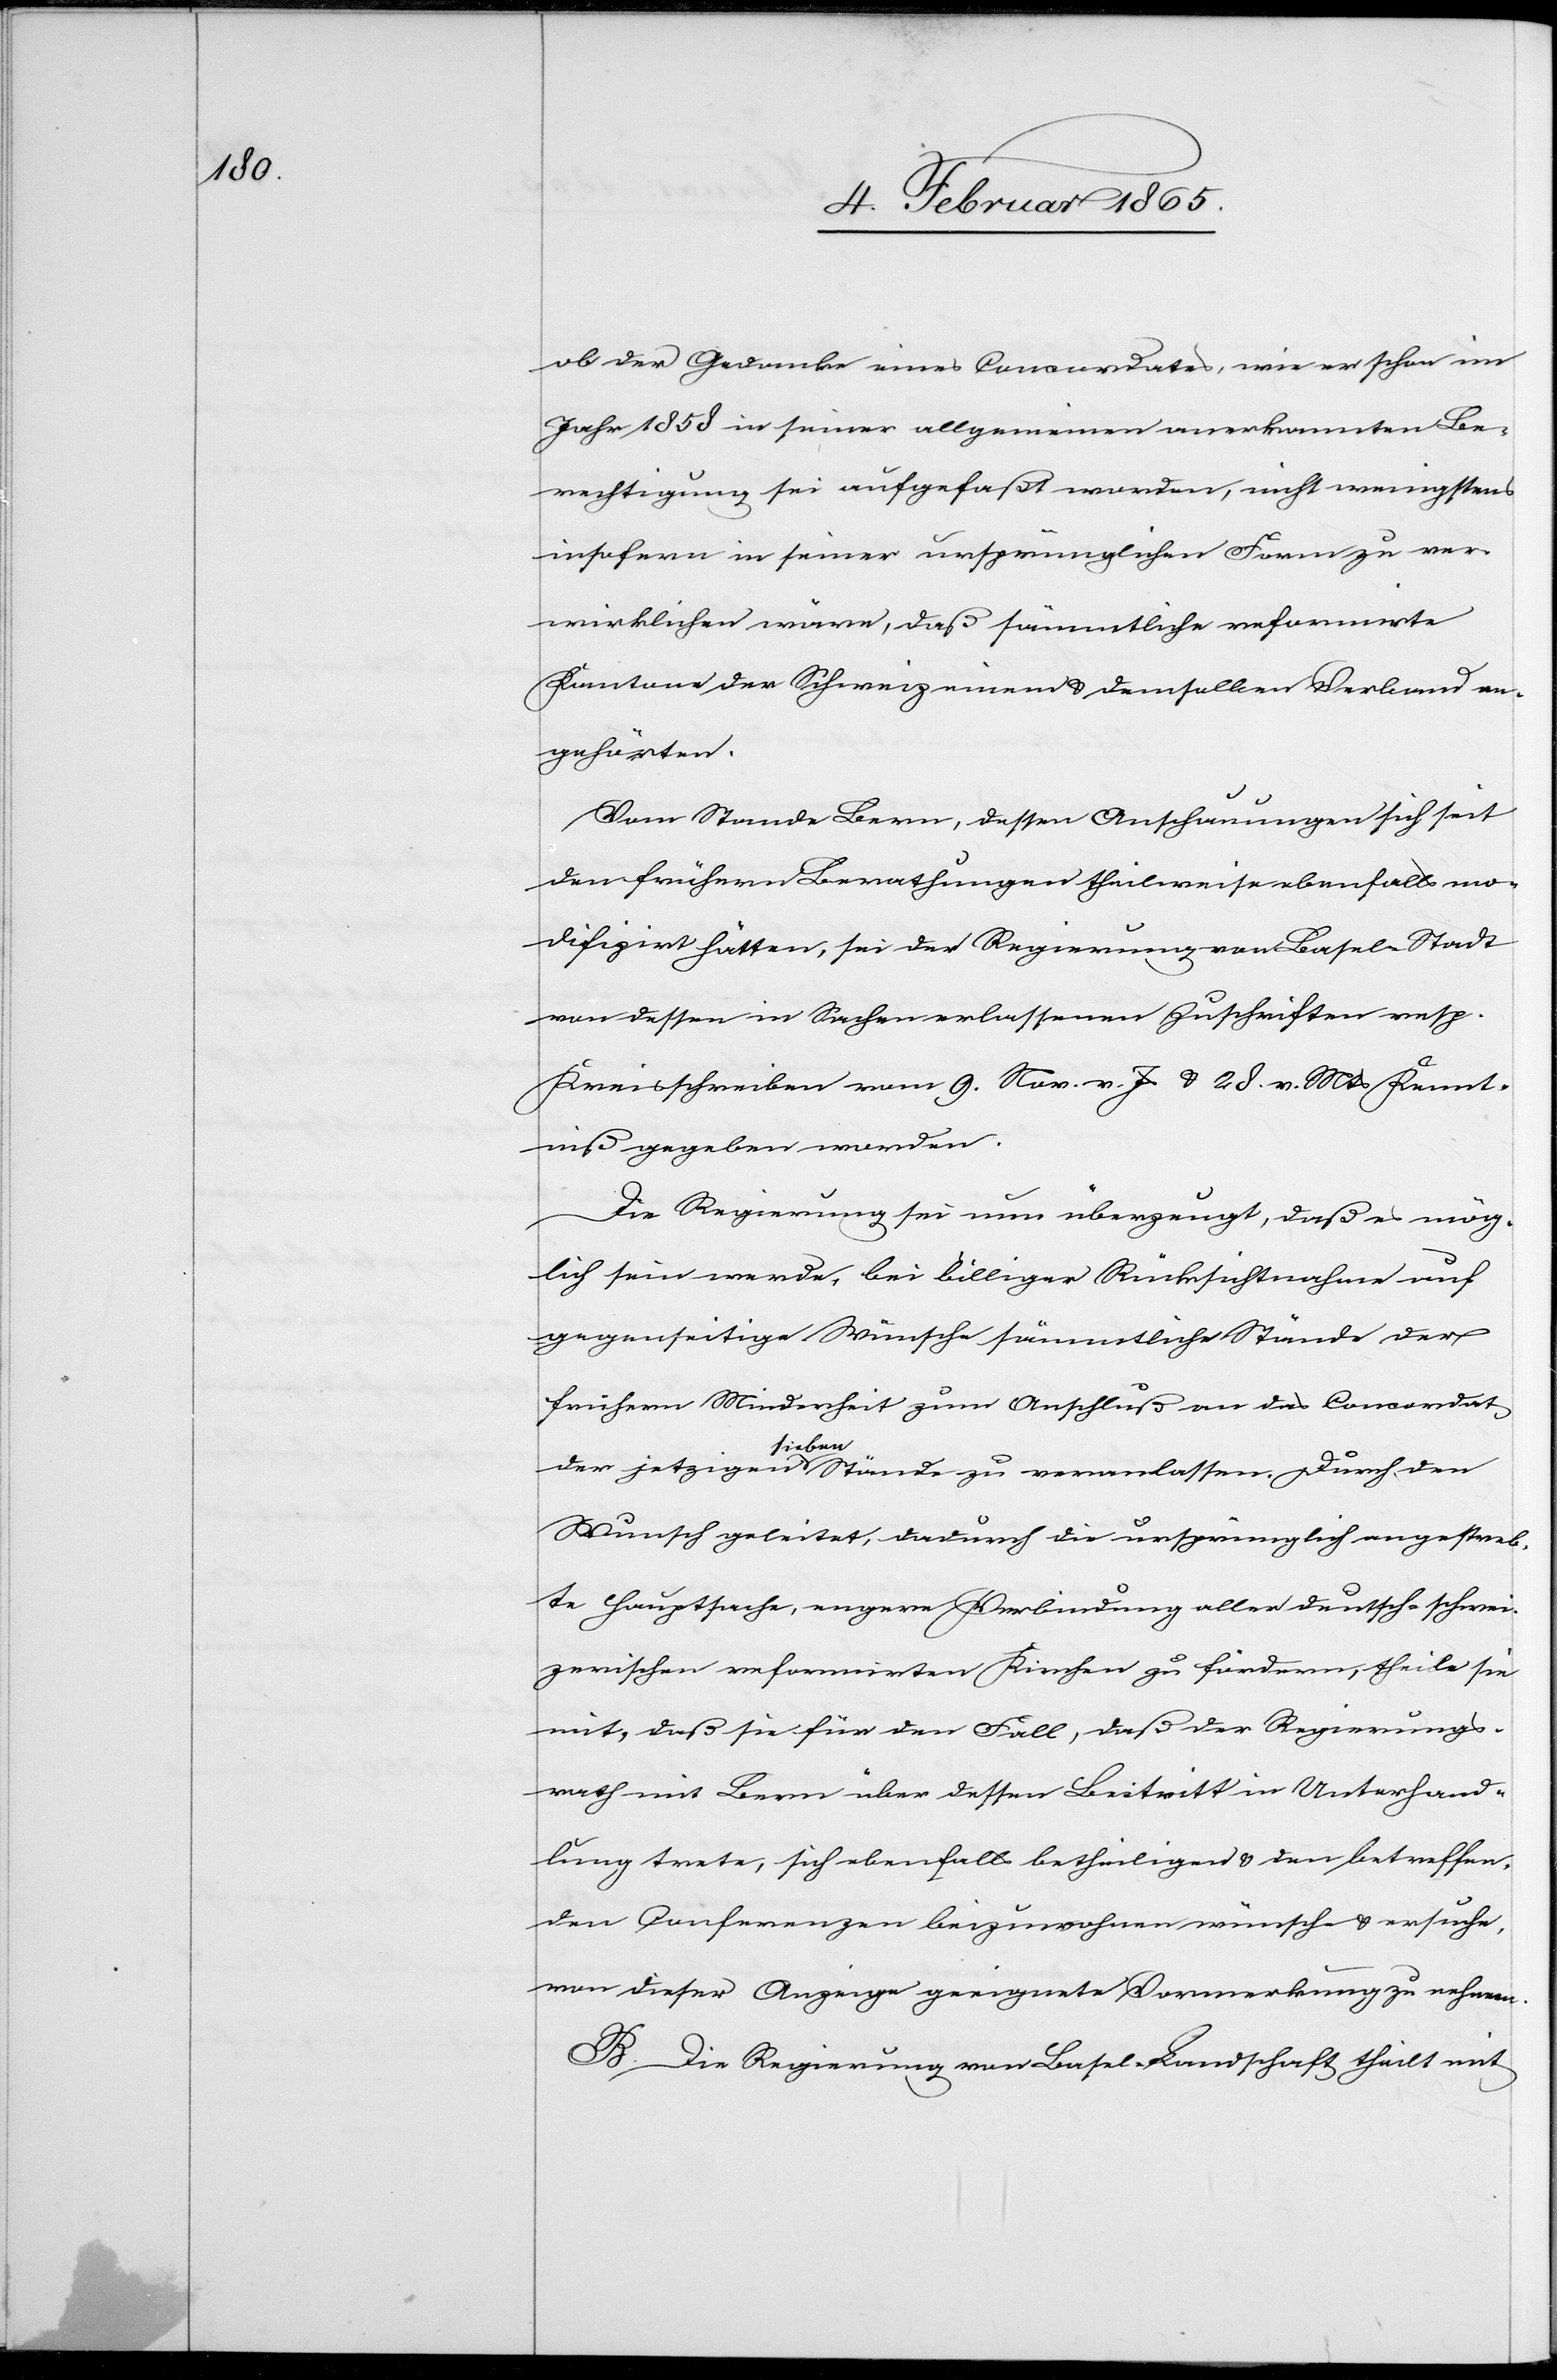
ob der Gedanke eines Concordates, wie er schon im
Jahr 1858 in seiner allgemeinen anerkannten Be¬
richtigung sei aufgefaßt worden, nicht wenigstens
insofern in seiner ursprünglichen Form zu ver¬
wirklichen wäre, daß sämmtliche reformirte
Kantone der Schweiz einem u. demselben Verband an¬
gehörten.
Vom Stande Bern, dessen Anschauungen sich seit
den frühern Berathungen theilweise ebenfalls mo¬
difizirt hätten, sei der Regierung von Basel-Stadt
von dessen in Sachen erlassenen Zuschriften resp.
Kreisschreiben vom 9. Nov. v. Js u. 28. v. Mts Kennt¬
niß gegeben worden.
Die Regierung sei nun überzeugt, daß es mög¬
lich sein werde, bei billiger Rücksichtnahme auf
gegenseitige Wünsche sämmtliche Stände der
frühern Minderheit zum Anschluß an das Concordat
der jetzigen sieben Stände zu veranlassen. Durch den
Wunsch geleitet, dadurch die ursprünglich angestreb¬
te Hauptsache, engere Verbindung aller deutsch-schwei¬
zerischen reformirten Kirchen zu fördern, theile sie
mit, daß sie für den Fall, daß der Regierungs¬
rath mit Bern über dessen Beitritt in Unterhand¬
lung trete, sich ebenfalls betheiligen u. den betreffen¬
den Conferenzen beizuwohnen wünsche u. ersuche,
von dieser Anzeige geeignete Vormerkung zu nehmen.
B. Die Regierung von Basel-Landschaft theilt mit